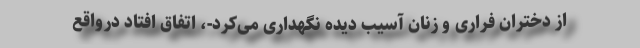
از دختران فراری و زنان آسیب دیده نگهداری می‌کرد-، اتفاق افتاد درواقع